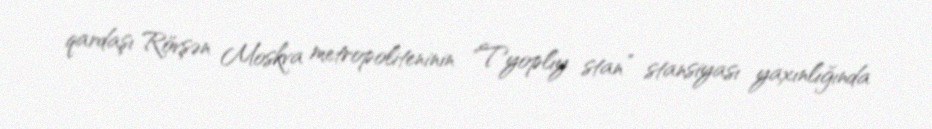
qardaşı Rövşən Moskva metropoliteninin "Tyoplıy stan” stansiyası yaxınlığında